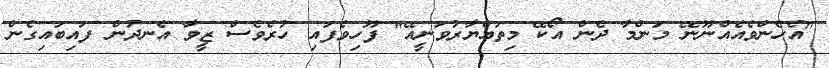
"އެހެންވެއެއްނޫނޭ މަންމާ ދެން އޯކޭ މިތައްޔާރުވަނީއޭ" ފޫހިވެފައި ހުރެވެސް ޒީވާ އެނދުން ފައިބައިގެން